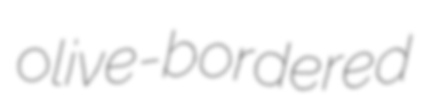
olive-bordered